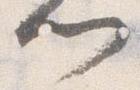
門